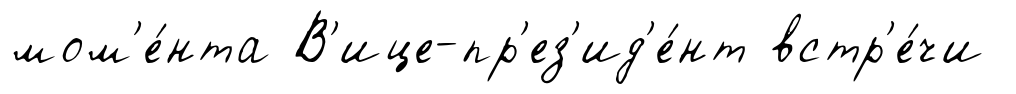
мом'е́нта В'ице-пр'ез'ид'е́нт встр'е́чи